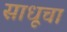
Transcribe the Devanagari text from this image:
साधूचा